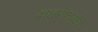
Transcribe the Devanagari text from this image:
क्षहरातवंश